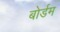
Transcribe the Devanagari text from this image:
बोर्डम